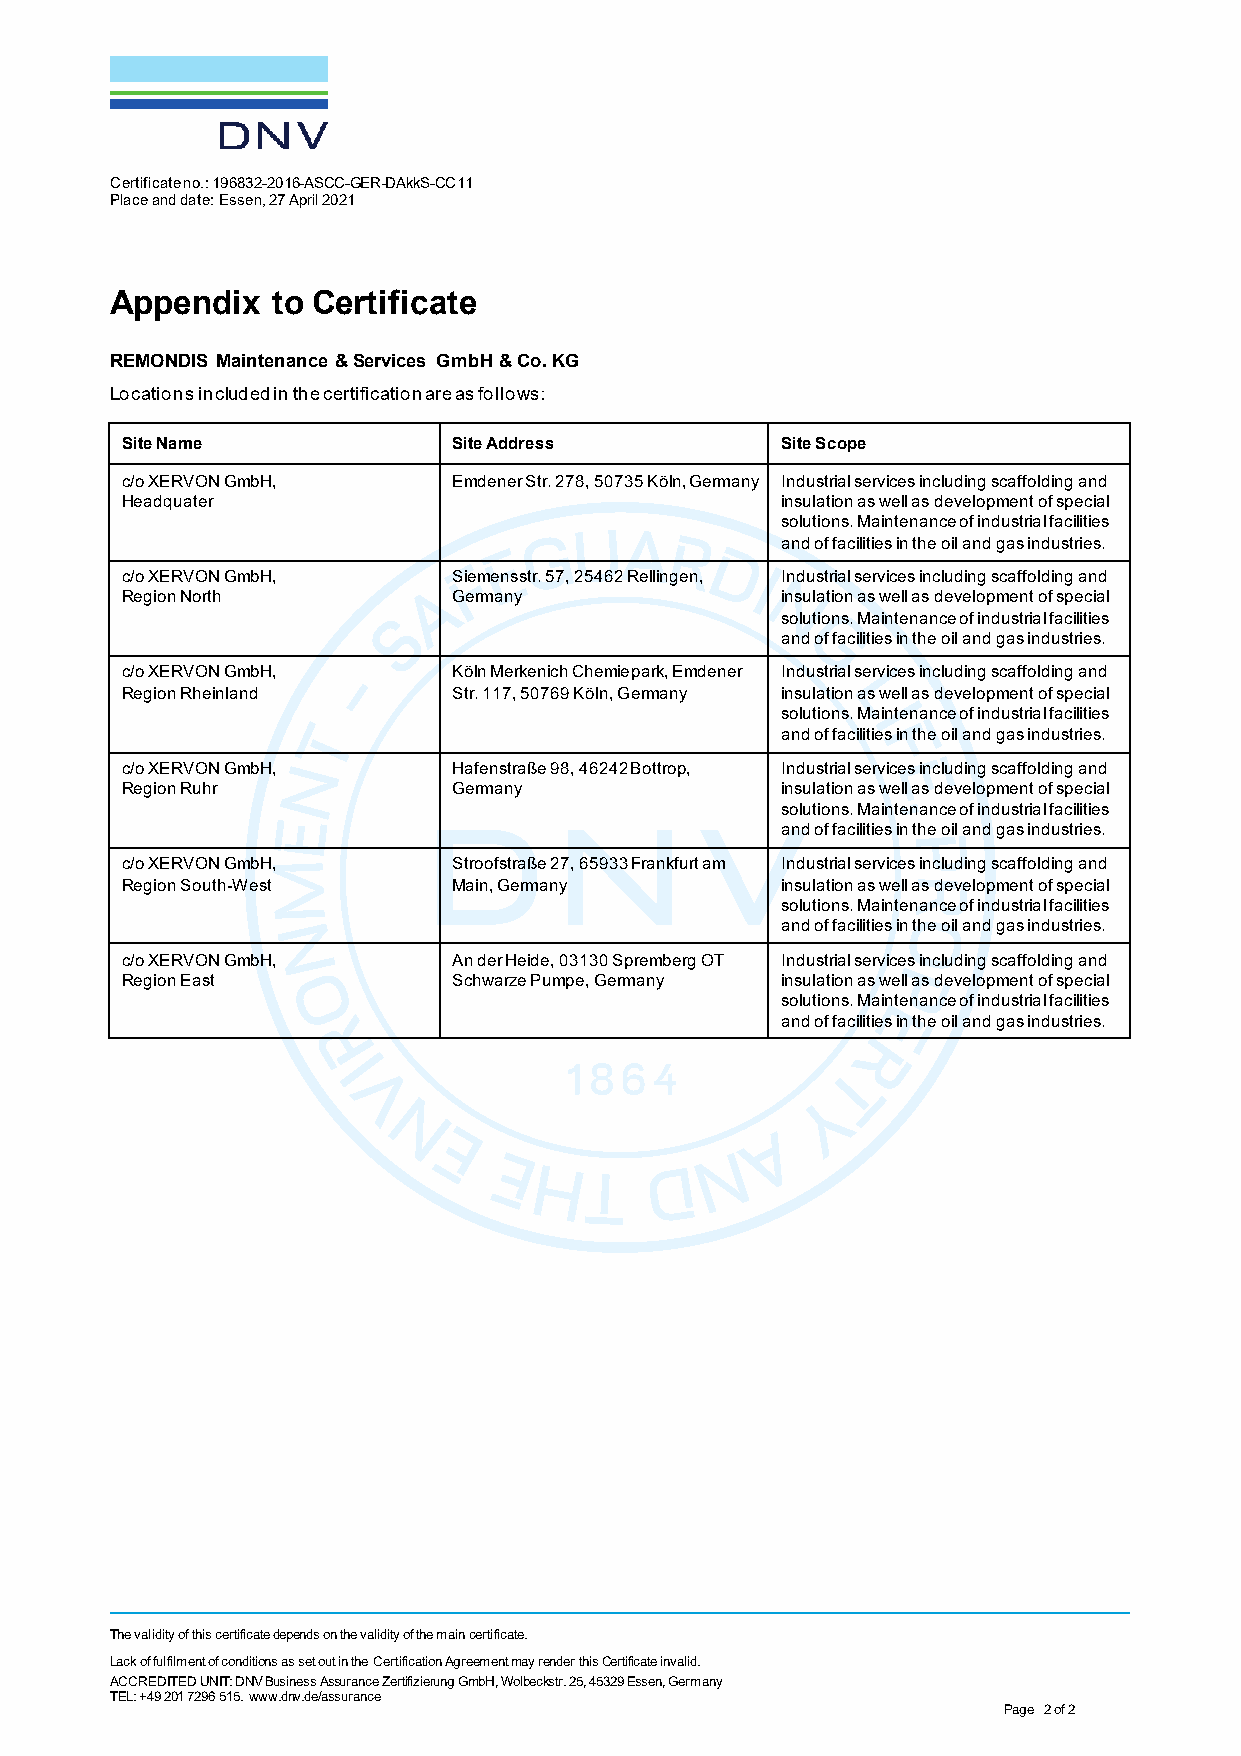
Certificate no.: 196832-2016-ASCC-GER-DAkkS-CC11
 Place and date: Essen, 27 April 2021
 Appendix   to Certificate
 REMONDIS Maintenance & Services GmbH & Co. KG
 Locations included in the certification are as follows:
 Site Name             Site Address          Site Scope
 c/o XERVON GmbH,      Emdener Str. 278, 50735 Köln, Germany Industrial services including scaffolding and
 Headquater                                  insulation as well as development of special
 solutions. Maintenance of industrial facilities
 and of facilities in the oil and gas industries.
 c/o XERVON GmbH,      Siemensstr. 57, 25462 Rellingen, Industrial services including scaffolding and
 Region North          Germany               insulation as well as development of special
 solutions. Maintenance of industrial facilities
 and of facilities in the oil and gas industries.
 c/o XERVON GmbH,      Köln Merkenich Chemiepark, Emdener Industrial services including scaffolding and
 Region Rheinland      Str. 117, 50769 Köln, Germany insulation as well as development of special
 solutions. Maintenance of industrial facilities
 and of facilities in the oil and gas industries.
 c/o XERVON GmbH,      Hafenstraße 98, 46242 Bottrop, Industrial services including scaffolding and
 Region Ruhr           Germany               insulation as well as development of special
 solutions. Maintenance of industrial facilities
 and of facilities in the oil and gas industries.
 c/o XERVON GmbH,      Stroofstraße 27, 65933 Frankfurt am Industrial services including scaffolding and
 Region South-West     Main, Germany         insulation as well as development of special
 solutions. Maintenance of industrial facilities
 and of facilities in the oil and gas industries.
 c/o XERVON GmbH,      An der Heide, 03130 Spremberg OT Industrial services including scaffolding and
 Region East           Schwarze Pumpe, Germany insulation as well as development of special
 solutions. Maintenance of industrial facilities
 and of facilities in the oil and gas industries.
 The validity of this certificate depends on the validity of the main certificate.
 Lack of fulfilment of conditions as set out in the Certification Agreement may render this Certificate invalid.
 ACCREDITED UNIT: DNV Business Assurance Zertifizierung GmbH, Wolbeckstr. 25, 45329 Essen, Germany
 TEL: +49 201 7296 515. www.dnv.de/assurance
 Page 2 of 2